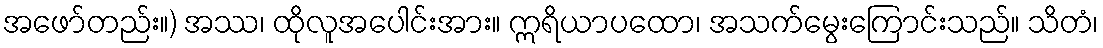
အဖော်တည်း။) အဿ၊ ထိုလူအပေါင်းအား။ ဣရိယာပထော၊ အသက်မွေးကြောင်းသည်။ သိတံ၊